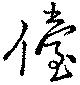
儓